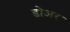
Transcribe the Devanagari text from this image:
डोअर